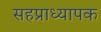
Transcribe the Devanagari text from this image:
सहप्राध्यापक